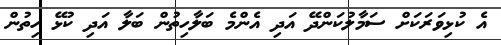
އެ ކުޅިވަރަކަށް ސަމާލުކަންދޭ އަދި އެންމެ ބަލާހިތުން ބަލާ އަދި ކުޅޭ ހިތުން